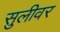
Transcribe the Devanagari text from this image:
सुलीवर